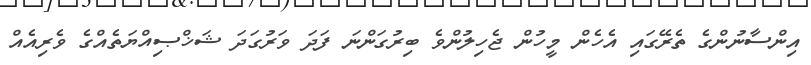
އިންސާނުންގެ ތެރޭގައި އެހެން މީހުން ޖެހިލުންވެ ބިރުގަންނަ ފަދަ ވަރުގަދަ ޝަޚްޞިއްޔަތެއްގެ ވެރިއެއް